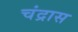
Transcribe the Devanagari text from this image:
चंद्रास